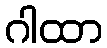
ဂါထာ